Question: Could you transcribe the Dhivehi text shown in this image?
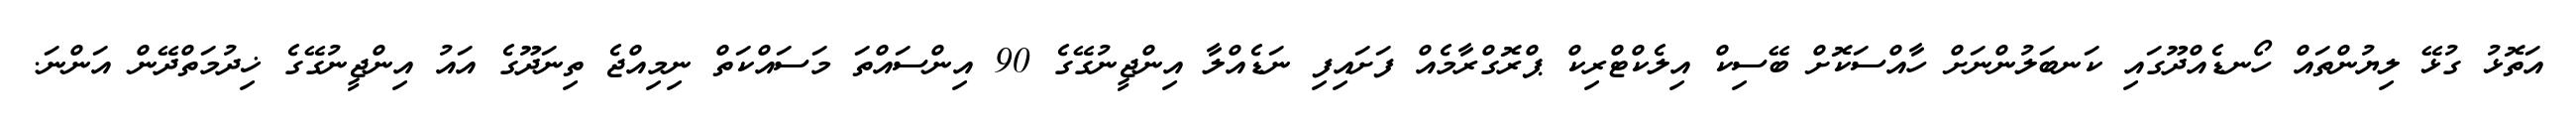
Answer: އަތޮޅު ގުޅޭ ލިޔުންތައް ހޯނޑެއްދޫގައި ކަނބަލުންނަށް ހާއްސަކޮށް ބޭސިކް އިލެކްޓްރިކް ޕްރޮގްރާމެއް ފަށައިފި ނަޑެއްލާ އިންޖީނުގޭގެ 90 އިންސައްތަ މަސައްކަތް ނިމިއްޖެ ތިނަދޫގެ އައު އިންޖީނުގޭގެ ޚިދުމަތްދޭން އަންނަ.